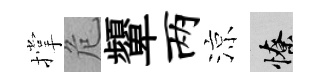
撑危顰两涼憭